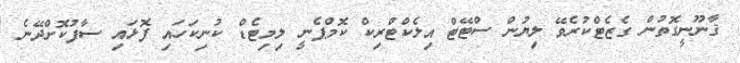
ޤާނޫނީގޮތުން ގެޒެޓްކުރެވޭ ލިޔުން ސްޓޭޓް އިލެކްޓްރިކް ކޮމްޕެނީ ލިމިޓެޑް ކުނިކަހައި ފޮޅައި ސާފުކޮށްދޭނެ